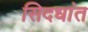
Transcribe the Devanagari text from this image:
सिदधांत